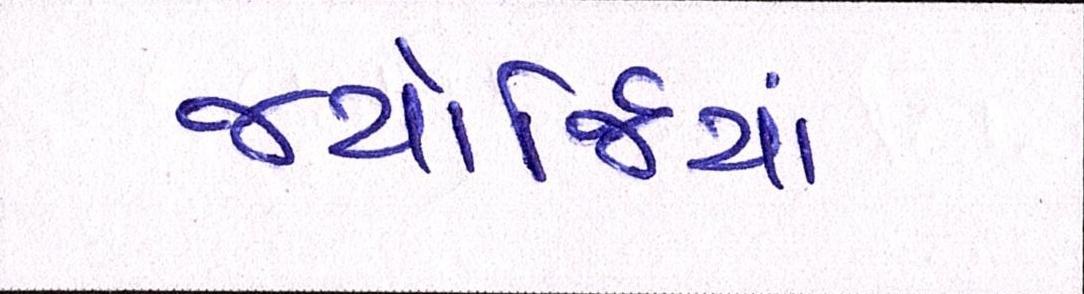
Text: જ્યોર્જિયાં